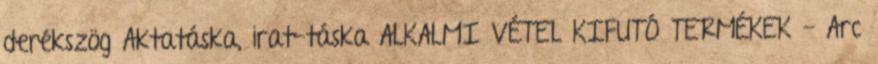
derékszög Aktatáska, irat-táska ALKALMI VÉTEL KIFUTÓ TERMÉKEK - Arc